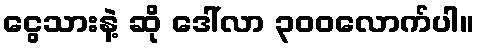
ငွေသားနဲ့ ဆို ဒေါ်လာ ၃၀၀လောက်ပါ။